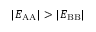
\lvert E _ { \mathrm { A A } } \rvert > \lvert E _ { \mathrm { B B } } \rvert